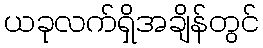
ယခုလက်ရှိအချိန်တွင်